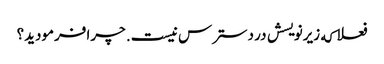
فعلا که زیرنویسش در دسترس نیست. چرا فرمودید؟